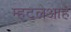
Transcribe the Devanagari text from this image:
म्हटलेआहे